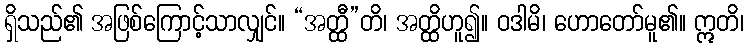
ရှိသည်၏ အဖြစ်ကြောင့်သာလျှင်။ “အတ္ထီ”တိ၊ အတ္ထိဟူ၍။ ဝဒါမိ၊ ဟောတော်မူ၏။ ဣတိ၊